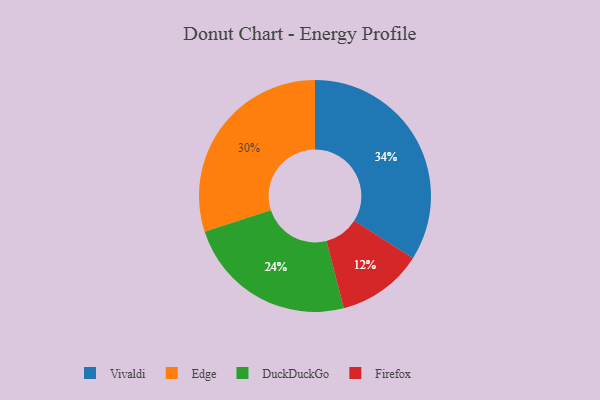
{"axis": {"x": "Category", "y": "Percentage"}, "legend": ["DuckDuckGo", "Edge", "Firefox", "Vivaldi"], "data": [{"x": "Edge", "y": 30, "type": "Edge"}, {"x": "Vivaldi", "y": 34, "type": "Vivaldi"}, {"x": "Firefox", "y": 12, "type": "Firefox"}, {"x": "DuckDuckGo", "y": 24, "type": "DuckDuckGo"}]}